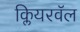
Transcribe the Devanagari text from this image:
क्लियरवॅल